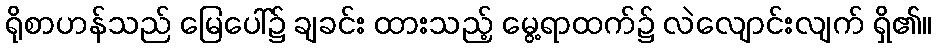
ရိုစာဟန်သည် မြေပေါ်၌ ချခင်း ထားသည့် မွေ့ရာထက်၌ လဲလျောင်းလျက် ရှိ၏။